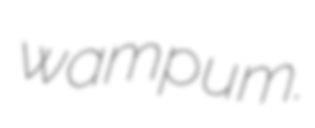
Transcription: wampum.